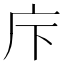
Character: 𢇗